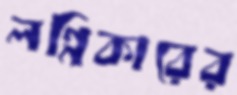
লগ্নিকারের